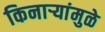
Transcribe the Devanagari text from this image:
किनाऱ्यांमुळे